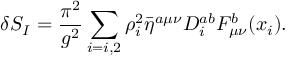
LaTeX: \delta S _ { I } = \frac { \pi ^ { 2 } } { g ^ { 2 } } \sum _ { i = i , 2 } \rho _ { i } ^ { 2 } \bar { \eta } ^ { a \mu \nu } D _ { i } ^ { a b } F _ { \mu \nu } ^ { b } ( x _ { i } ) .